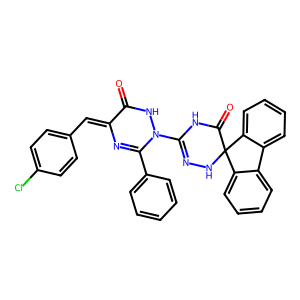
SMILES: O=C1NN(C2=NNC3(C(=O)N2)c2ccccc2-c2ccccc23)C(c2ccccc2)=NC1=Cc1ccc(Cl)cc1
Inhibits HIV replication: No